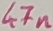
Text: 47n